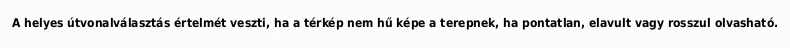
A helyes útvonalválasztás értelmét veszti, ha a térkép nem hű képe a terepnek, ha pontatlan, elavult vagy rosszul olvasható.